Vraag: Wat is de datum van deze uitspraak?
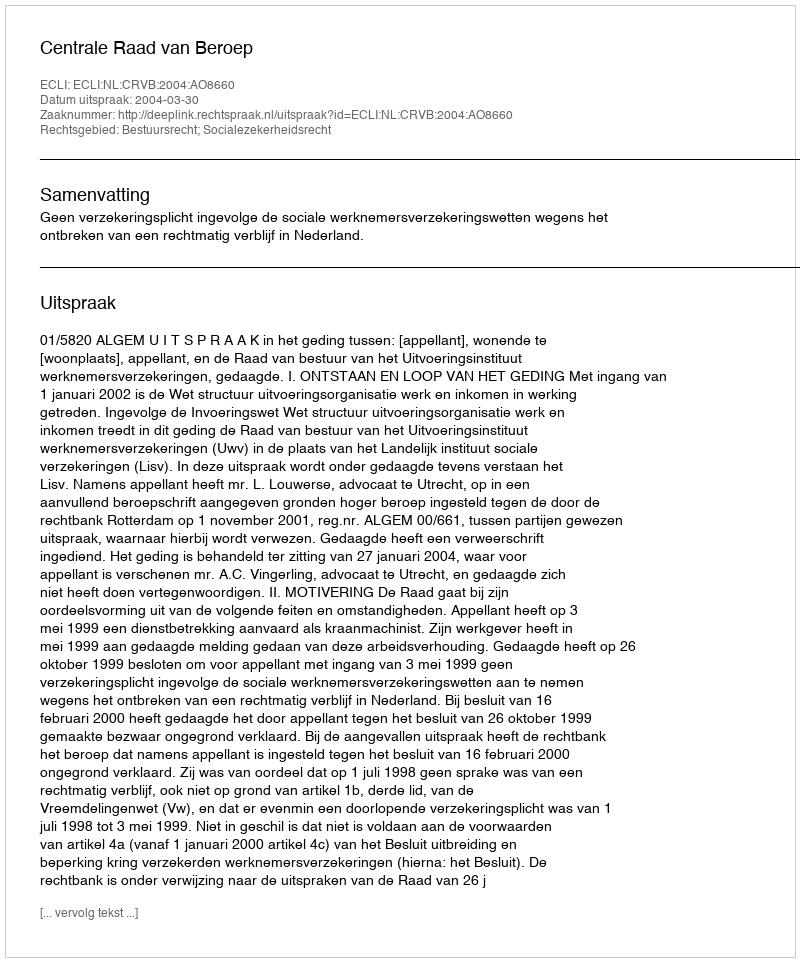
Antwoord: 2004-03-30